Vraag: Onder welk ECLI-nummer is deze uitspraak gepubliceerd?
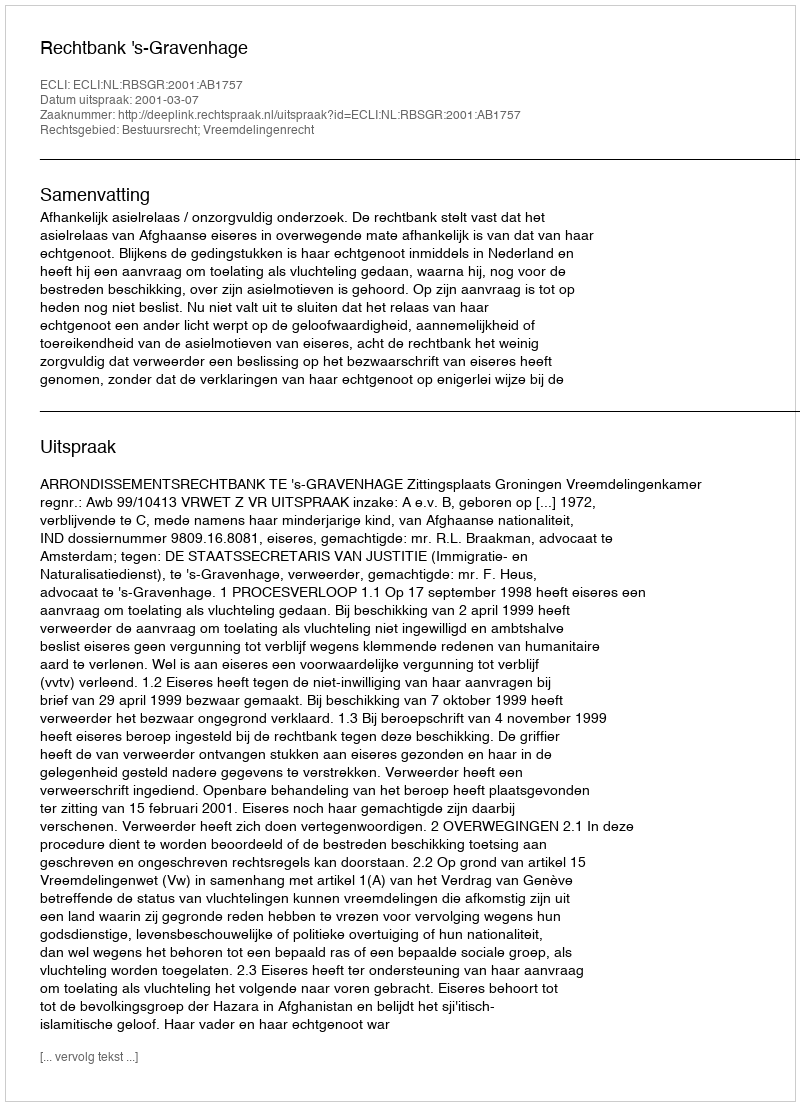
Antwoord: ECLI:NL:RBSGR:2001:AB1757